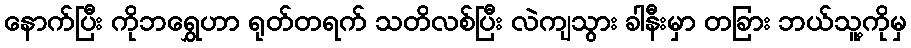
နောက်ပြီး ကိုဘရွှေဟာ ရုတ်တရက် သတိလစ်ပြီး လဲကျသွား ခါနီးမှာ တခြား ဘယ်သူ့ကိုမှ